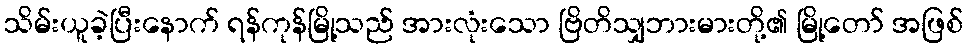
သိမ်းယူခဲ့ပြီးနောက် ရန်ကုန်မြို့သည် အားလုံးသော ဗြိတိသျှဘားမားတို့၏ မြို့တော် အဖြစ်